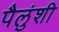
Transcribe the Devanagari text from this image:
पैलुंशी